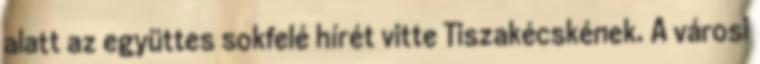
alatt az együttes sokfelé hírét vitte Tiszakécskének. A városi